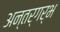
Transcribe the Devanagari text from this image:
अन्तर्गर्भ